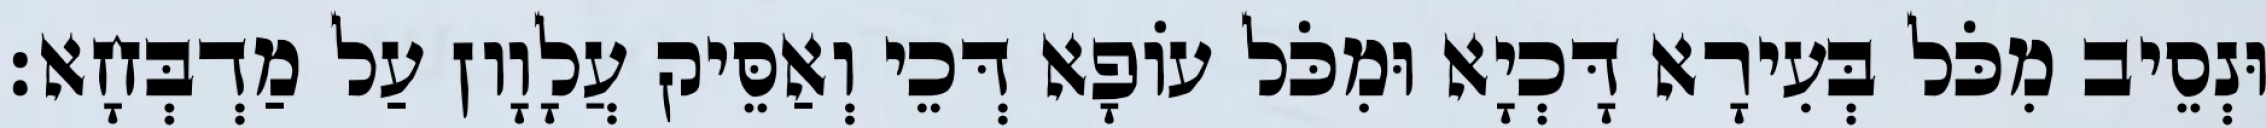
וּנְסֵיב מִכֹּל בְּעִירָא דָּכְיָא וּמִכֹּל עוֹפָא דְּכֵי וְאַסֵּיק עֲלָוָון עַל מַדְבְּחָא׃